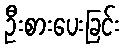
ဦးစားပေးခြင်း